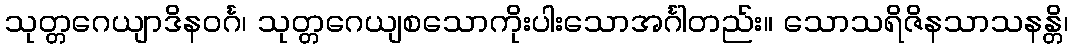
သုတ္တဂေယျာဒိနဝင်္ဂ၊ သုတ္တဂေယျစသောကိုးပါးသောအင်္ဂါတည်း။ သောသရိဇိနသာသနန္တိ၊